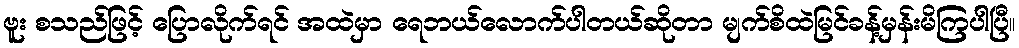
ဗူး စသည်ဖြင့် ပြောလိုက်ရင် အထဲမှာ ရေဘယ်လောက်ပါတယ်ဆိုတာ မျက်စိထဲမြင်ခန့်မှန်းမိကြပါပြီ။